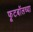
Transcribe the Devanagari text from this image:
फूटबॉलच्या